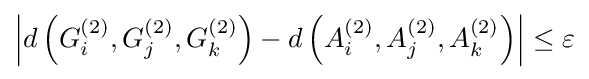
\left|d\left(G_{i}^{(2)},G_{j}^{(2)},G_{k}^{(2)}\right)-d\left(A_{i}^{(2)},A_{j}^{(2)},A_{k}^{(2)}\right)\right|\leq \varepsilon